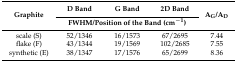
<table><thead><tr><td rowspan="2"><b>Graphite</b></td><td><b>D Band</b></td><td><b>G Band</b></td><td><b>2D Band</b></td><td rowspan="2"><b>A<sub>G</sub>/A<sub>D</sub></b></td></tr><tr><td colspan="3"><b>FWHM/Position of the Band (cm<sup>−1</sup>)</b></td></tr></thead><tbody><tr><td>scale (S)</td><td>52/1346</td><td>16/1573</td><td>67/2695</td><td>7.44</td></tr><tr><td>flake (F)</td><td>43/1344</td><td>19/1569</td><td>102/2685</td><td>7.55</td></tr><tr><td>synthetic (E)</td><td>38/1347</td><td>17/1576</td><td>65/2699</td><td>8.36</td></tr></tbody></table>